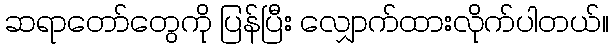
ဆရာတော်တွေကို ပြန်ပြီး လျှောက်ထားလိုက်ပါတယ်။